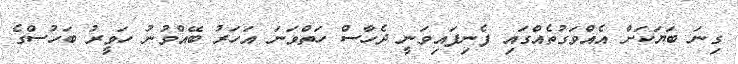
ގިނަ ބަޔަކަށް އެއްވަގުތެއްގައި ފެނިފައިވަނީ ދެހާސް ހަތްވަނަ އަހަރު ބޭއްވުނު ހަވީރު ބަހުސްގެ